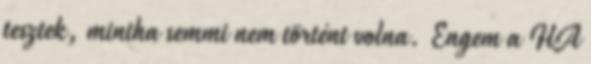
tesztek, mintha semmi nem történt volna. Engem a HA